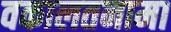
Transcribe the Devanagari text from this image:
वकालतनामा